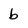
Character: b